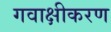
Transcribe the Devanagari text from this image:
गवाक्षीकरण